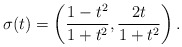
\begin{align*}\sigma(t) = \left(\frac{1 - t^2}{1 + t^2}, \frac{2t}{1 + t^2}\right).\end{align*}